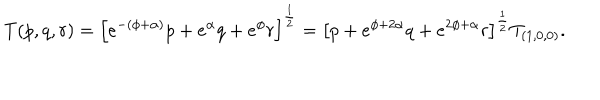
LaTeX: T ( p , q , r ) = \left[ e ^ { - ( \phi + \alpha ) } p + e ^ { \alpha } q + e ^ { \phi } r \right] ^ { \frac { 1 } { 2 } } = \left[ p + e ^ { \phi + 2 \alpha } q + e ^ { 2 \phi + \alpha } r \right] ^ { \frac { 1 } { 2 } } T _ { ( 1 , 0 , 0 ) } .